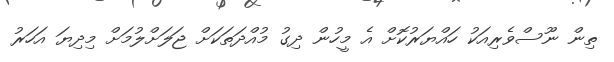
ތިން ނޫސްވެރިއަކު ހައްޔަރުކޮށް އެ މީހުން ދިގު މުއްދަތަކަށް ޖަލަށްލުމަށް މިދިޔަ އަހަރު